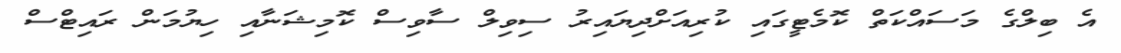
އެ ބިލްގެ މަސައްކަތް ކޮމެޓީގައި ކުރިއަށްދިޔައިރު ސިވިލް ސާވިސް ކޮމިޝަނާއި ހިޔުމަން ރައިޓްސް